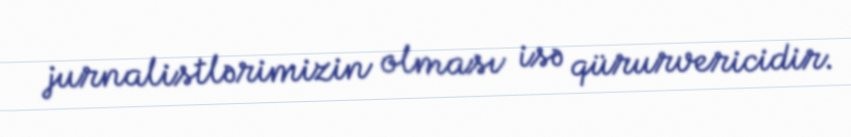
jurnalistlərimizin olması isə qürurvericidir.